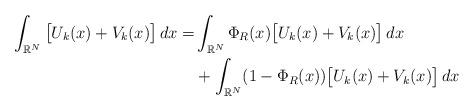
LaTeX: \begin{align*} \int_{\mathbb{R}^{N}}\big[ U_k(x)+V_k(x)\big]\,dx = & \int_{\mathbb{R}^{N}}\Phi_{R}(x)\big[ U_k(x)+V_k(x)\big]\,dx \\ & +\int_{\mathbb{R}^{N}}(1-\Phi_{R}(x))\big[ U_k(x)+V_k(x)\big]\,dx \end{align*}